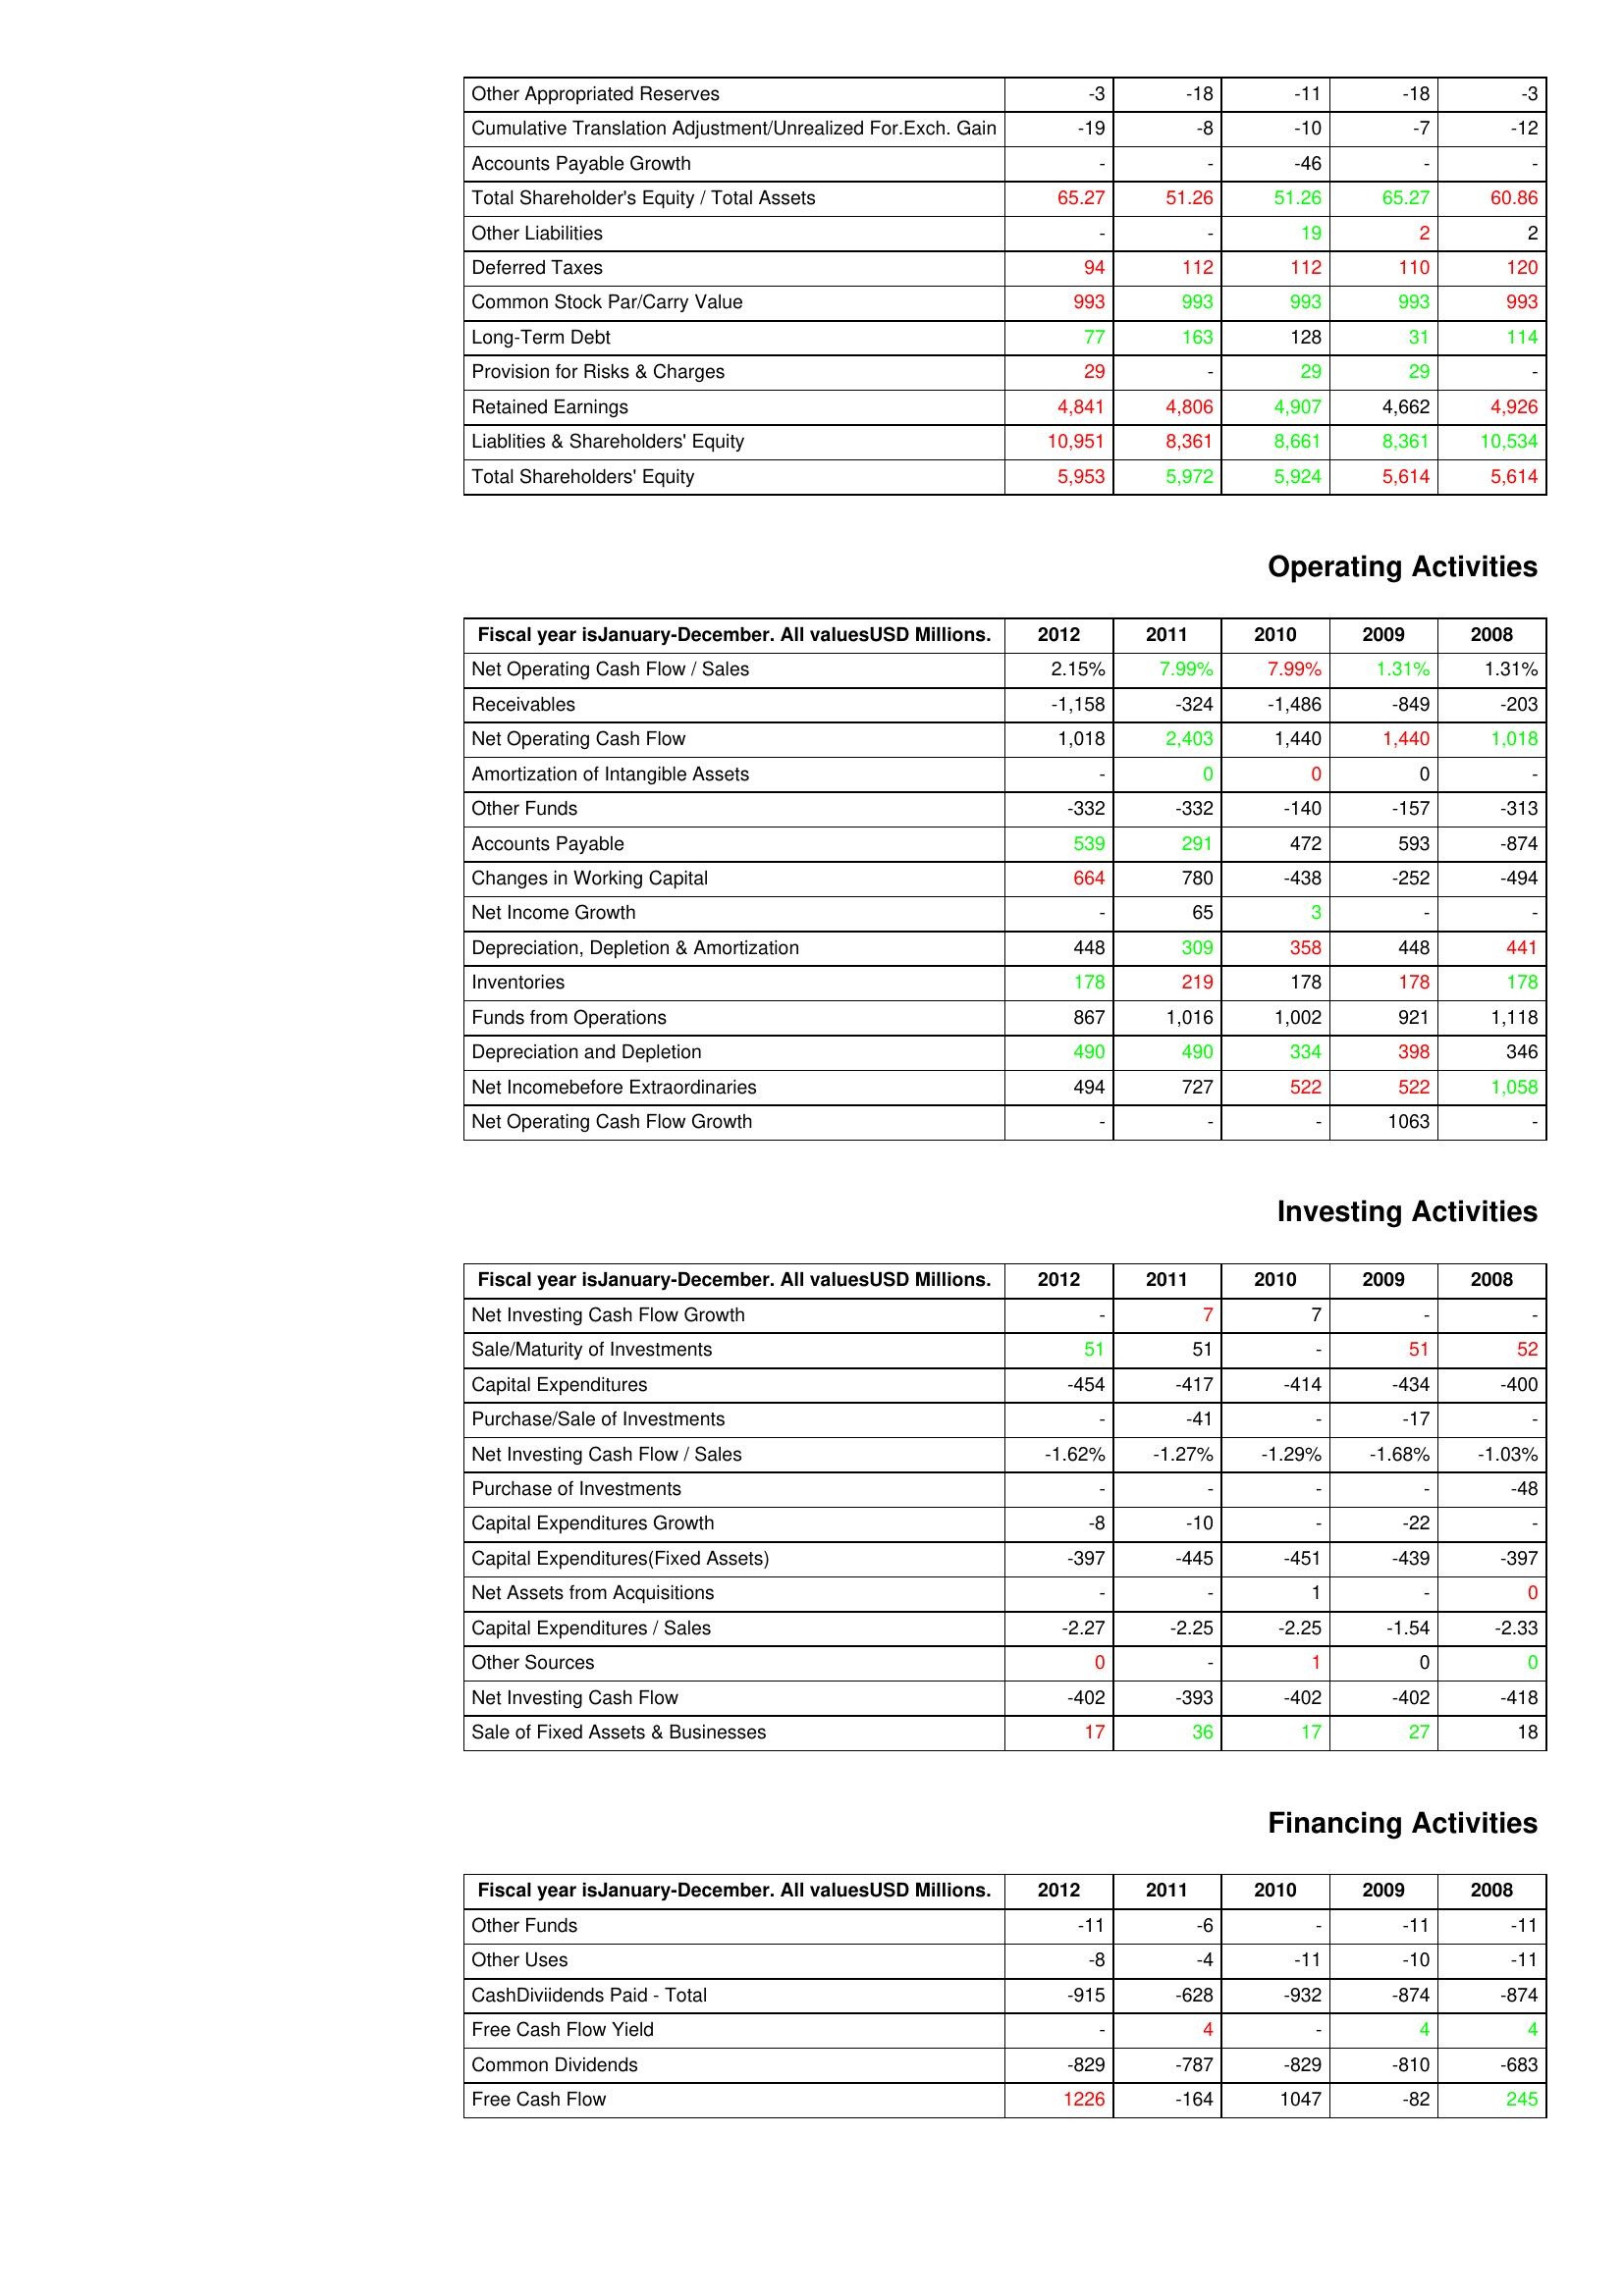
gt_parse: 2012: Liabilities & Shareholder's Equity: Other Appropriated Reserves: -3
Cumulative Translation Adjustment/Unrealized For.Exch. Gain: -19
Accounts Payable Growth: -
Total Shareholder's Equity / Total Assets: 65.27
Other Liabilities: -
Deferred Taxes: 94
Common Stock Par/Carry Value: 993
Long-Term Debt: 77
Provision for Risks & Charges: 29
Retained Earnings: 4,841
Liablities & Shareholders' Equity: 10,951
Total Shareholders' Equity: 5,953
Operating Activities: Net Operating Cash Flow / Sales: 2.15%
Receivables: -1,158
Net Operating Cash Flow: 1,018
Amortization of Intangible Assets: -
Other Funds: -332
Accounts Payable: 539
Changes in Working Capital: 664
Net Income Growth: -
Depreciation, Depletion & Amortization: 448
Inventories: 178
Funds from Operations: 867
Depreciation and Depletion: 490
Net Incomebefore Extraordinaries: 494
Net Operating Cash Flow Growth: -
Investing Activities: Net Investing Cash Flow Growth: -
Sale/Maturity of Investments: 51
Capital Expenditures: -454
Purchase/Sale of Investments: -
Net Investing Cash Flow / Sales: -1.62%
Purchase of Investments: -
Capital Expenditures Growth: -8
Capital Expenditures(Fixed Assets): -397
Net Assets from Acquisitions: -
Capital Expenditures / Sales: -2.27
Other Sources: 0
Net Investing Cash Flow: -402
Sale of Fixed Assets & Businesses: 17
Financing Activities: Other Funds: -11
Other Uses: -8
CashDiviidends Paid - Total: -915
Free Cash Flow Yield: -
Common Dividends: -829
Free Cash Flow: 1226
2011: Liabilities & Shareholder's Equity: Other Appropriated Reserves: -18
Cumulative Translation Adjustment/Unrealized For.Exch. Gain: -8
Accounts Payable Growth: -
Total Shareholder's Equity / Total Assets: 51.26
Other Liabilities: -
Deferred Taxes: 112
Common Stock Par/Carry Value: 993
Long-Term Debt: 163
Provision for Risks & Charges: -
Retained Earnings: 4,806
Liablities & Shareholders' Equity: 8,361
Total Shareholders' Equity: 5,972
Operating Activities: Net Operating Cash Flow / Sales: 7.99%
Receivables: -324
Net Operating Cash Flow: 2,403
Amortization of Intangible Assets: 0
Other Funds: -332
Accounts Payable: 291
Changes in Working Capital: 780
Net Income Growth: 65
Depreciation, Depletion & Amortization: 309
Inventories: 219
Funds from Operations: 1,016
Depreciation and Depletion: 490
Net Incomebefore Extraordinaries: 727
Net Operating Cash Flow Growth: -
Investing Activities: Net Investing Cash Flow Growth: 7
Sale/Maturity of Investments: 51
Capital Expenditures: -417
Purchase/Sale of Investments: -41
Net Investing Cash Flow / Sales: -1.27%
Purchase of Investments: -
Capital Expenditures Growth: -10
Capital Expenditures(Fixed Assets): -445
Net Assets from Acquisitions: -
Capital Expenditures / Sales: -2.25
Other Sources: -
Net Investing Cash Flow: -393
Sale of Fixed Assets & Businesses: 36
Financing Activities: Other Funds: -6
Other Uses: -4
CashDiviidends Paid - Total: -628
Free Cash Flow Yield: 4
Common Dividends: -787
Free Cash Flow: -164
2010: Liabilities & Shareholder's Equity: Other Appropriated Reserves: -11
Cumulative Translation Adjustment/Unrealized For.Exch. Gain: -10
Accounts Payable Growth: -46
Total Shareholder's Equity / Total Assets: 51.26
Other Liabilities: 19
Deferred Taxes: 112
Common Stock Par/Carry Value: 993
Long-Term Debt: 128
Provision for Risks & Charges: 29
Retained Earnings: 4,907
Liablities & Shareholders' Equity: 8,661
Total Shareholders' Equity: 5,924
Operating Activities: Net Operating Cash Flow / Sales: 7.99%
Receivables: -1,486
Net Operating Cash Flow: 1,440
Amortization of Intangible Assets: 0
Other Funds: -140
Accounts Payable: 472
Changes in Working Capital: -438
Net Income Growth: 3
Depreciation, Depletion & Amortization: 358
Inventories: 178
Funds from Operations: 1,002
Depreciation and Depletion: 334
Net Incomebefore Extraordinaries: 522
Net Operating Cash Flow Growth: -
Investing Activities: Net Investing Cash Flow Growth: 7
Sale/Maturity of Investments: -
Capital Expenditures: -414
Purchase/Sale of Investments: -
Net Investing Cash Flow / Sales: -1.29%
Purchase of Investments: -
Capital Expenditures Growth: -
Capital Expenditures(Fixed Assets): -451
Net Assets from Acquisitions: 1
Capital Expenditures / Sales: -2.25
Other Sources: 1
Net Investing Cash Flow: -402
Sale of Fixed Assets & Businesses: 17
Financing Activities: Other Funds: -
Other Uses: -11
CashDiviidends Paid - Total: -932
Free Cash Flow Yield: -
Common Dividends: -829
Free Cash Flow: 1047
2009: Liabilities & Shareholder's Equity: Other Appropriated Reserves: -18
Cumulative Translation Adjustment/Unrealized For.Exch. Gain: -7
Accounts Payable Growth: -
Total Shareholder's Equity / Total Assets: 65.27
Other Liabilities: 2
Deferred Taxes: 110
Common Stock Par/Carry Value: 993
Long-Term Debt: 31
Provision for Risks & Charges: 29
Retained Earnings: 4,662
Liablities & Shareholders' Equity: 8,361
Total Shareholders' Equity: 5,614
Operating Activities: Net Operating Cash Flow / Sales: 1.31%
Receivables: -849
Net Operating Cash Flow: 1,440
Amortization of Intangible Assets: 0
Other Funds: -157
Accounts Payable: 593
Changes in Working Capital: -252
Net Income Growth: -
Depreciation, Depletion & Amortization: 448
Inventories: 178
Funds from Operations: 921
Depreciation and Depletion: 398
Net Incomebefore Extraordinaries: 522
Net Operating Cash Flow Growth: 1063
Investing Activities: Net Investing Cash Flow Growth: -
Sale/Maturity of Investments: 51
Capital Expenditures: -434
Purchase/Sale of Investments: -17
Net Investing Cash Flow / Sales: -1.68%
Purchase of Investments: -
Capital Expenditures Growth: -22
Capital Expenditures(Fixed Assets): -439
Net Assets from Acquisitions: -
Capital Expenditures / Sales: -1.54
Other Sources: 0
Net Investing Cash Flow: -402
Sale of Fixed Assets & Businesses: 27
Financing Activities: Other Funds: -11
Other Uses: -10
CashDiviidends Paid - Total: -874
Free Cash Flow Yield: 4
Common Dividends: -810
Free Cash Flow: -82
2008: Liabilities & Shareholder's Equity: Other Appropriated Reserves: -3
Cumulative Translation Adjustment/Unrealized For.Exch. Gain: -12
Accounts Payable Growth: -
Total Shareholder's Equity / Total Assets: 60.86
Other Liabilities: 2
Deferred Taxes: 120
Common Stock Par/Carry Value: 993
Long-Term Debt: 114
Provision for Risks & Charges: -
Retained Earnings: 4,926
Liablities & Shareholders' Equity: 10,534
Total Shareholders' Equity: 5,614
Operating Activities: Net Operating Cash Flow / Sales: 1.31%
Receivables: -203
Net Operating Cash Flow: 1,018
Amortization of Intangible Assets: -
Other Funds: -313
Accounts Payable: -874
Changes in Working Capital: -494
Net Income Growth: -
Depreciation, Depletion & Amortization: 441
Inventories: 178
Funds from Operations: 1,118
Depreciation and Depletion: 346
Net Incomebefore Extraordinaries: 1,058
Net Operating Cash Flow Growth: -
Investing Activities: Net Investing Cash Flow Growth: -
Sale/Maturity of Investments: 52
Capital Expenditures: -400
Purchase/Sale of Investments: -
Net Investing Cash Flow / Sales: -1.03%
Purchase of Investments: -48
Capital Expenditures Growth: -
Capital Expenditures(Fixed Assets): -397
Net Assets from Acquisitions: 0
Capital Expenditures / Sales: -2.33
Other Sources: 0
Net Investing Cash Flow: -418
Sale of Fixed Assets & Businesses: 18
Financing Activities: Other Funds: -11
Other Uses: -11
CashDiviidends Paid - Total: -874
Free Cash Flow Yield: 4
Common Dividends: -683
Free Cash Flow: 245